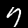
Digit: 7